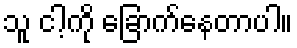
သူ ငါ့ကို ခြောက်နေတာပါ။